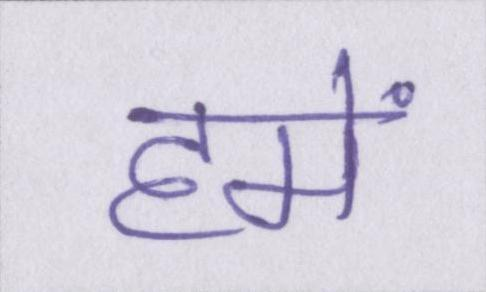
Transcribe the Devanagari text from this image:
हमें